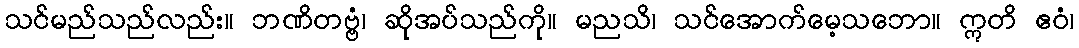
သင်မည်သည်လည်း။ ဘဏိတဗ္ဗံ၊ ဆိုအပ်သည်ကို။ မညသိ၊ သင်အောက်မေ့သဘော။ ဣတိ ဧဝံ၊